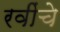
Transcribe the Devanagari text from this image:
रवींचे